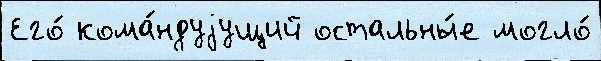
Его́ кома́ндуjущий остальны́е могло́